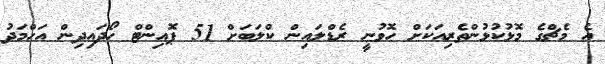
އެ މެޗްގެ މޮޅުކުޅުންތެރިއަކަށް ހޮވުނީ ރެޑްލައިން ކްލަބަށް 51 ޕޮއިންޓް ހޯދައިދިން އަހްމަދު